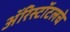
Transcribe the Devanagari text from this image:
ॲरिस्टॉटलचे